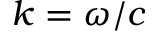
k = \omega / c